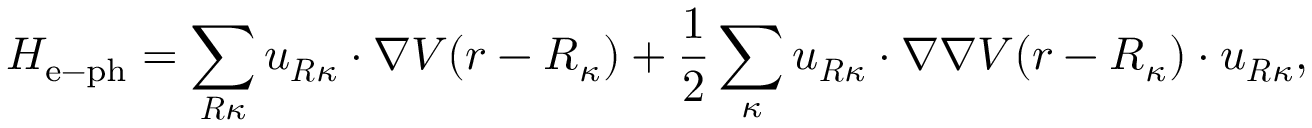
H _ { \mathrm { e - p h } } = \sum _ { \boldsymbol { R } \kappa } \boldsymbol { u } _ { \boldsymbol { R } \kappa } \cdot \nabla V ( \boldsymbol { r } - \boldsymbol { R } _ { \kappa } ) + \frac { 1 } { 2 } \sum _ { \kappa } \boldsymbol { u } _ { \boldsymbol { R } \kappa } \cdot \nabla \nabla V ( \boldsymbol { r } - \boldsymbol { R } _ { \kappa } ) \cdot \boldsymbol { u } _ { \boldsymbol { R } \kappa } ,